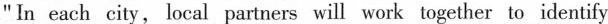
"In each city, local partners will work together to identify